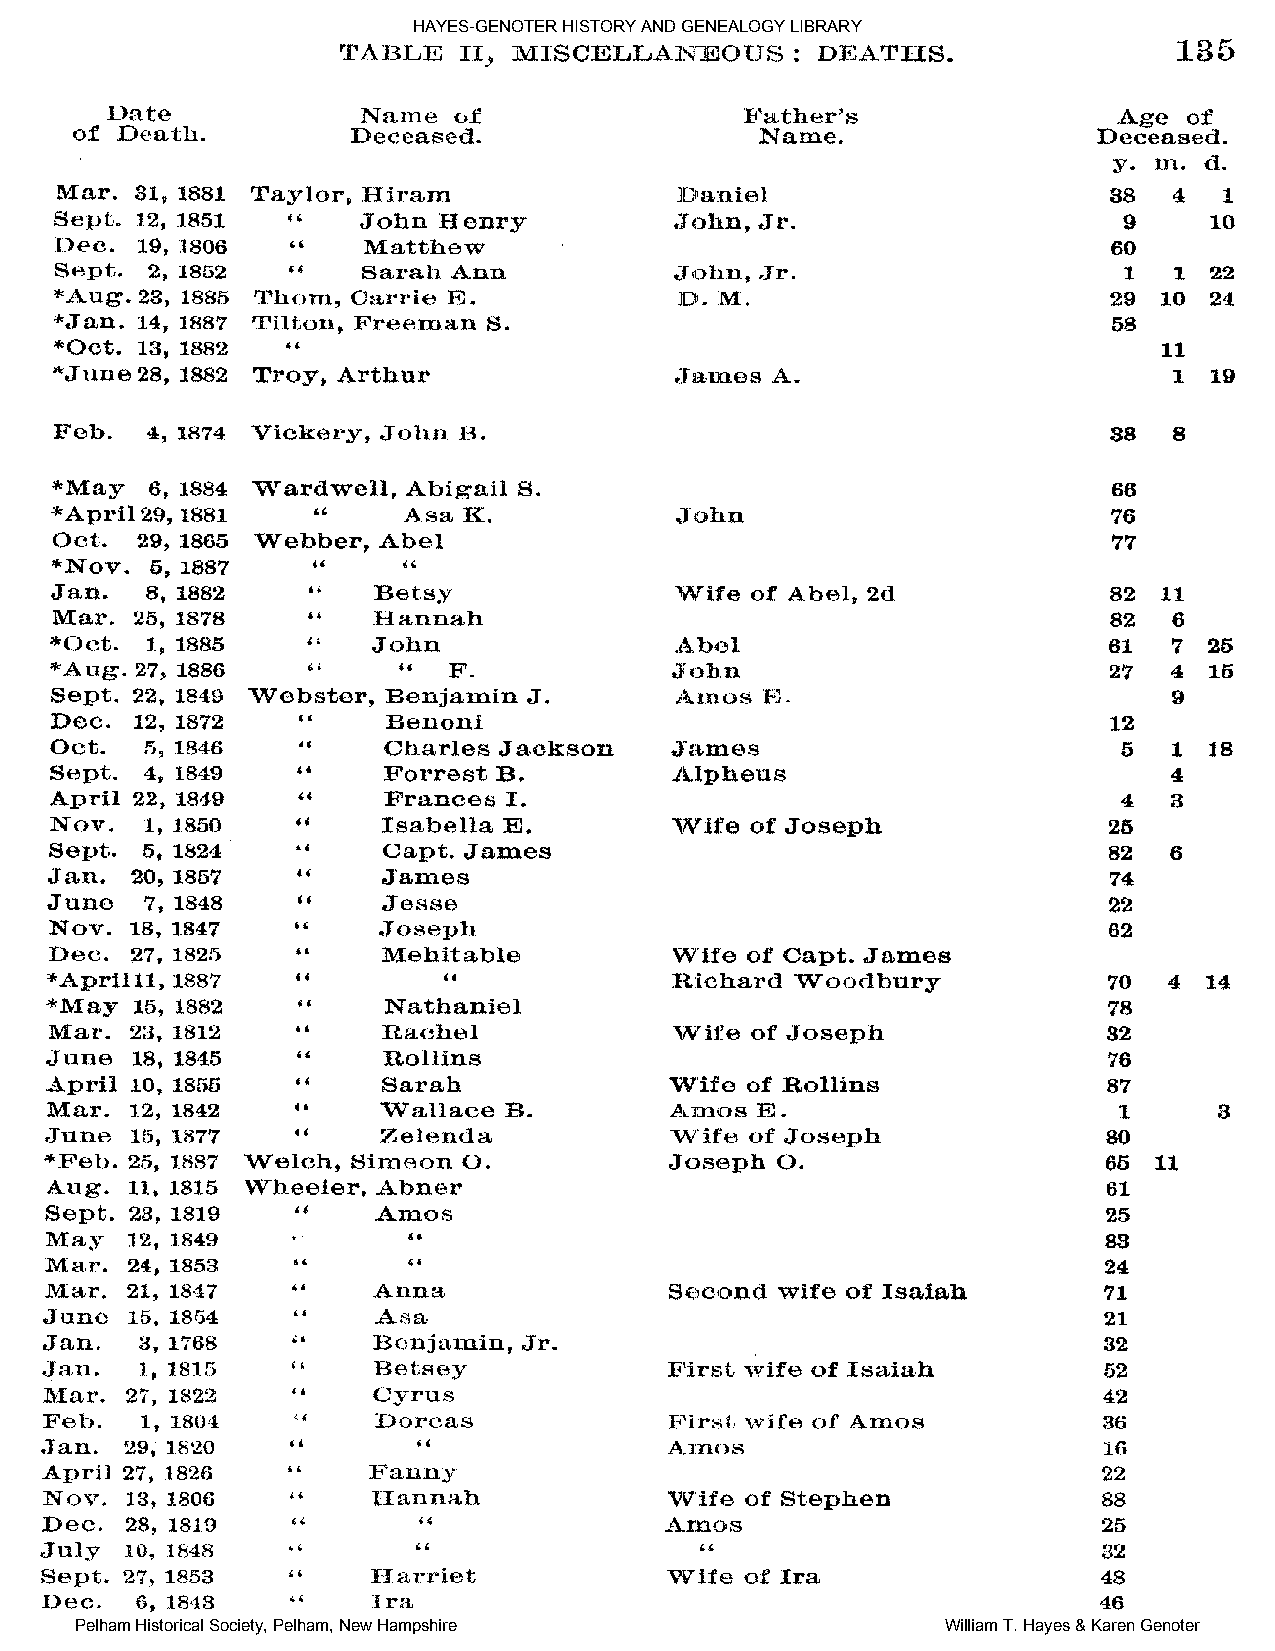
HAYES-GENOTER HISTORY AND GENEALOGY LIBRARY
 Pelham Historical Society, Pelham, New Hampshire          William T. Hayes & Karen Genoter